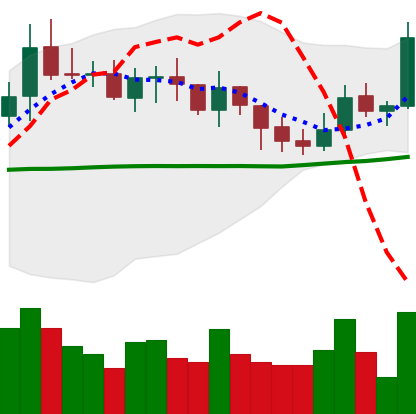
Ticker: XMR-USD
Chart end date: 2021-10-24
Forward return: -7.366%
Label: down_7plus